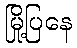
မြို့ပြနေ